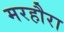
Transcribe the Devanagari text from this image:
मरहौरा